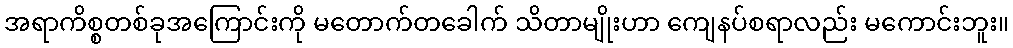
အရာကိစ္စတစ်ခုအကြောင်းကို မတောက်တခေါက် သိတာမျိုးဟာ ကျေနပ်စရာလည်း မကောင်းဘူး။